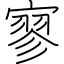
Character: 寥